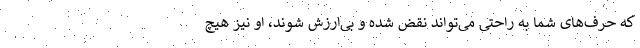
که حرف‌های شما به راحتی می‌تواند نقض شده و بی‌ارزش شوند،‌ او نیز هیچ